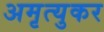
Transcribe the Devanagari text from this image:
अमृत्युकर